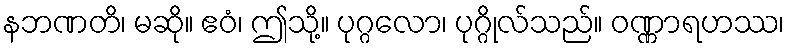
နဘဏတိ၊ မဆို။ ဧဝံ၊ ဤသို့။ ပုဂ္ဂလော၊ ပုဂ္ဂိုလ်သည်။ ဝဏ္ဏာရဟဿ၊